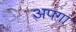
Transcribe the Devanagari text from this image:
अपगा